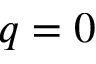
q = 0